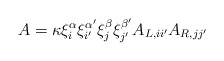
\begin{align*}A=\kappa \xi^{\alpha}_{i} \xi^{\alpha'}_{i'} \xi^{\beta}_{j} \xi^{\beta'}_{j'} A_{L,ii'} A_{R,jj'} \end{align*}